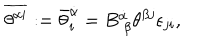
LaTeX: \overline { { { \theta ^ { \alpha i } } } } : = { \bar { \theta } } _ { i } ^ { \dot { \alpha } } = B _ { ~ \beta } ^ { \dot { \alpha } } \theta ^ { \beta j } \epsilon _ { j i } ,